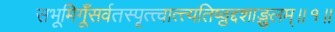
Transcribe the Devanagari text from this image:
सभूमिगूँसर्वतस्पृत्त्वात्त्यतिष्ठ्ठद्दशाङ्गुलम्॥१॥